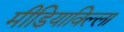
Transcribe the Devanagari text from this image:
मीडियाविल्ला